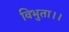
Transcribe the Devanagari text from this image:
विभुता।।